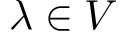
\lambda \in V